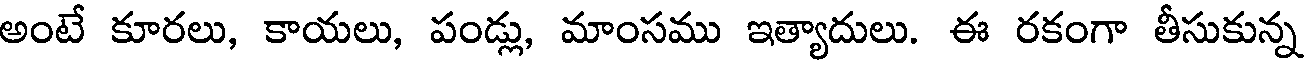
అంటే కూరలు, కాయలు, పండ్లు, మాంసము ఇత్యాదులు. ఈ రకంగా తీసుకున్న